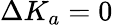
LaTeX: \Delta K_{a}=0